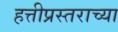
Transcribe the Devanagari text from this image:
हत्तीप्रस्तराच्या